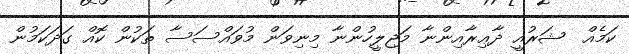
ކަމެއް  ޝަރުއީ ދާޢިރާއިންނާ މަޖިލީހުންނާ މިނިވަން މުވައްސަސާ ތަކުން ކޮއް ގަދަކަމުން